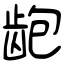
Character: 龅